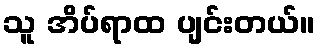
သူ အိပ်ရာထ ပျင်းတယ်။